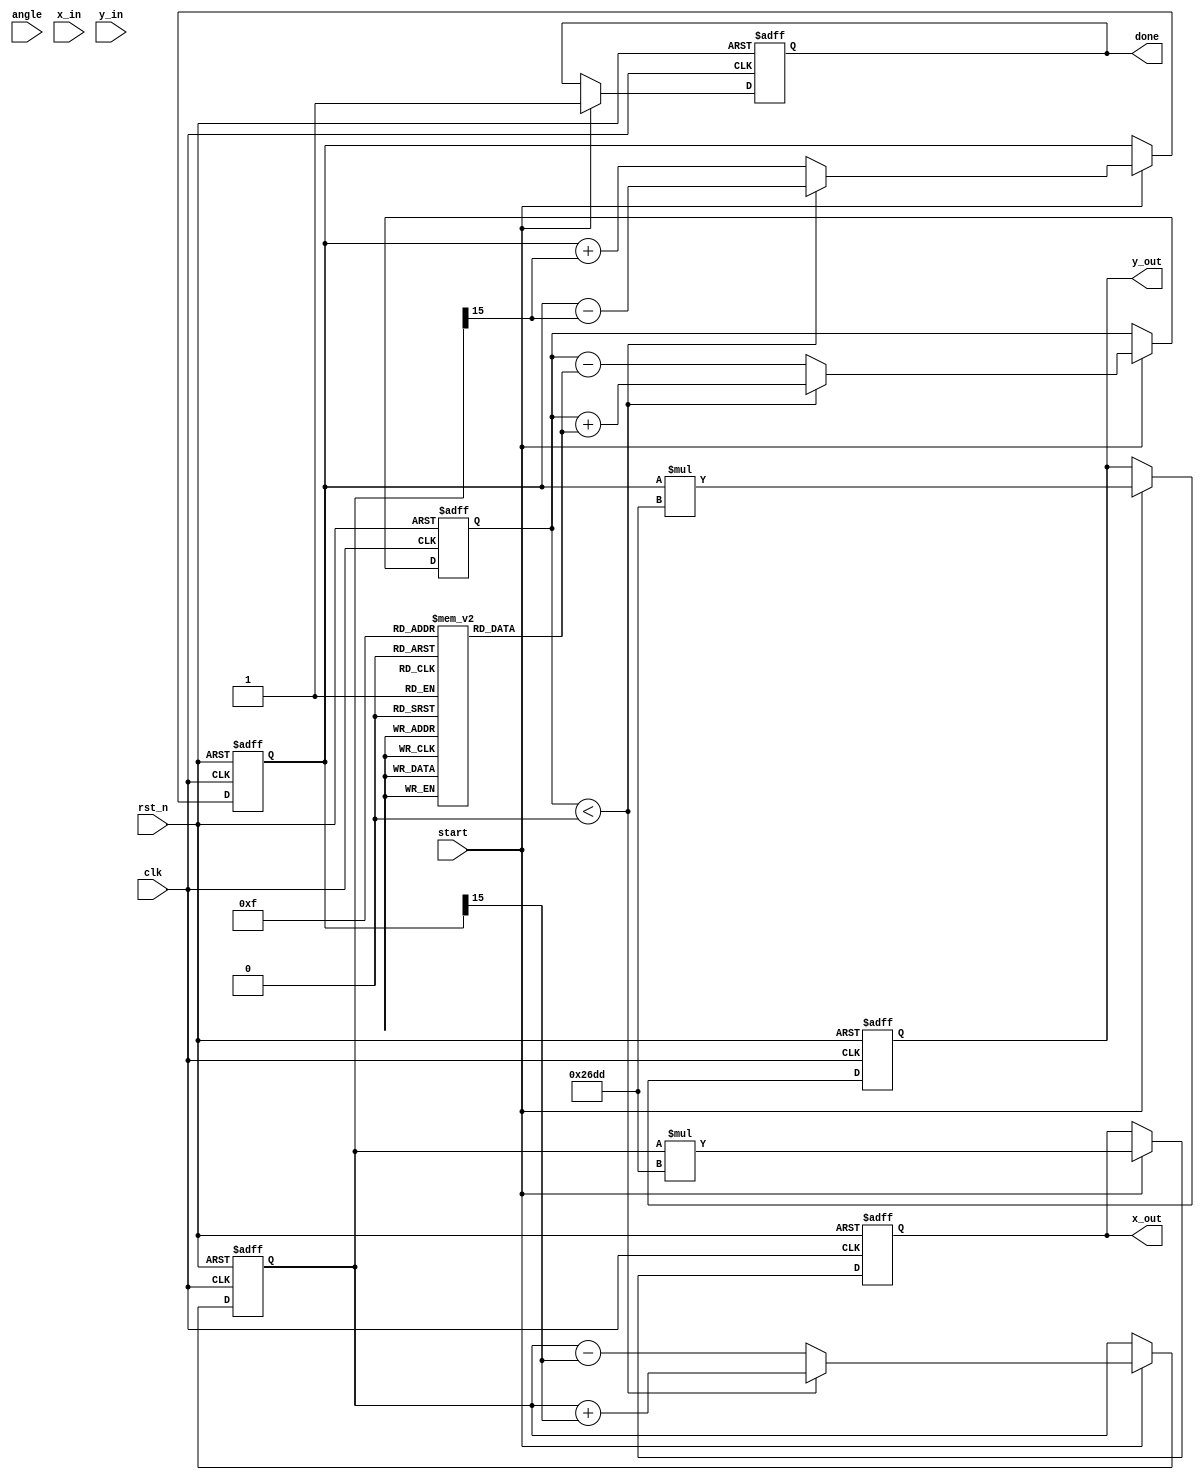
module cordic_pipeline #(
    parameter N = 16, // Number of pipeline stages
    parameter WIDTH = 16 // Width of fixed-point representation
)(
    input wire clk,
    input wire rst_n,
    input wire start,
    input wire [WIDTH-1:0] angle, // Input angle (in radians)
    input wire [WIDTH-1:0] x_in, // Initial x vector
    input wire [WIDTH-1:0] y_in, // Initial y vector
    output reg [WIDTH-1:0] x_out, // Final x result (cosine)
    output reg [WIDTH-1:0] y_out, // Final y result (sine)
    output reg done // Operation complete signal
);

    // CORDIC Constants
    reg [WIDTH-1:0] atan_table [0:N-1];
    reg [WIDTH-1:0] scaling_factor = 16'h26DD; // Example scaling factor
    initial begin
        // Pre-computed arctan values
        atan_table[0] = 16'h2000; // atan(2^-0)
        atan_table[1] = 16'h199A; // atan(2^-1)
        atan_table[2] = 16'h1333; // atan(2^-2)
        // Continue filling in values for N stages...
    end

    // Pipeline registers
    reg [WIDTH-1:0] x_reg [0:N-1];
    reg [WIDTH-1:0] y_reg [0:N-1];
    reg [WIDTH-1:0] angle_reg [0:N-1];
    reg [N-1:0] direction_reg; // Rotation direction (0 for clockwise, 1 for counter-clockwise)
    
    integer i;

    // Control Logic
    always @(posedge clk or negedge rst_n) begin
        if (!rst_n) begin
            done <= 0;
            x_out <= 0;
            y_out <= 0;
            for (i = 0; i < N; i = i + 1) begin
                x_reg[i] <= 0;
                y_reg[i] <= 0;
                angle_reg[i] <= 0;
            end
            direction_reg <= 0;
        end else if (start) begin
            // Initialize the pipeline
            x_reg[0] <= x_in;
            y_reg[0] <= y_in;
            angle_reg[0] <= angle;
            direction_reg <= 0; // Assume counter-clockwise by default
            
            // Shift the pipeline
            for (i = 1; i < N; i = i + 1) begin
                x_reg[i] <= x_reg[i-1];
                y_reg[i] <= y_reg[i-1];
                angle_reg[i] <= angle_reg[i-1];
            end
            
            // Perform CORDIC rotation
            for (i = 0; i < N; i = i + 1) begin
                if (angle_reg[i] < 0) begin
                    // Counter-clockwise rotation
                    x_reg[i] <= x_reg[i] + (y_reg[i] >>> i);
                    y_reg[i] <= y_reg[i] - (x_reg[i] >>> i);
                    angle_reg[i] <= angle_reg[i] + atan_table[i];
                    direction_reg[i] <= 1; // Set direction to counter-clockwise
                end else begin
                    // Clockwise rotation
                    x_reg[i] <= x_reg[i] - (y_reg[i] >>> i);
                    y_reg[i] <= y_reg[i] + (x_reg[i] >>> i);
                    angle_reg[i] <= angle_reg[i] - atan_table[i];
                    direction_reg[i] <= 0; // Set direction to clockwise
                end
            end
            
            // Final output
            if (N > 0) begin
                x_out <= x_reg[N-1] * scaling_factor; // Apply scaling
                y_out <= y_reg[N-1] * scaling_factor; // Apply scaling
                done <= 1; // Operation complete
            end
        end
    end

endmodule